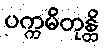
ပက္ကမိတုန္တိ